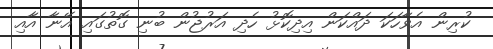
ކުރިން އެވާހަކަ ދައްކަން އިދިކޮޅު ހެދި އަރުޖުން ބުނި ގޮތުގައި އޭނާ އާއި